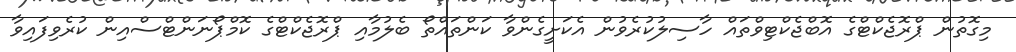
މިގޮތުން ޕްރޮޖެކްޓްގެ އޮބްޖެކްޓިވްތައް ހާސިލުކުރެވުން އެކަށީގެންވާ ކަންތައްތޯ ބެލުމާއި ޕްރޮޖެކްޓްގެ ކޮމްޕޯނަންޓްސްއިން ކުރެވިފައިވާ